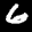
Label: 6